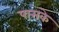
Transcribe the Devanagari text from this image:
पासके